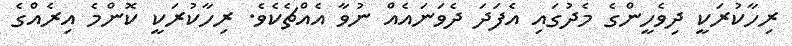
ރިހާކުރަކީ ދިވެހީންގެ މެދުގައި އެފަދަ ދެވަނައެއް ނުވާ އެއްޗެކެވެ. ރިހާކުރަކީ ކޮންމެ އިރެއްގެ